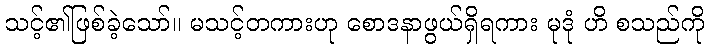
သင့်၏ဖြစ်ခဲ့သော်။ မသင့်တကားဟု စောဒနာဖွယ်ရှိရကား မုဒုံ ဟိ စသည်ကို